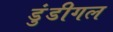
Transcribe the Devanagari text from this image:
डुंडीगल